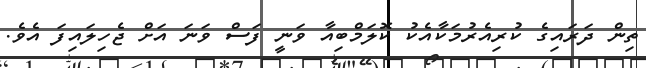
ތިން ދަރަައިގެ ކުރިއެރުމަކާއެކު ކޮލަމްބިއާ ވަނީ ފަސް ވަނަ އަށް ޖެހިލައިފަ އެވެ.